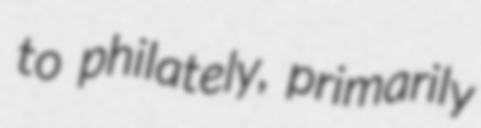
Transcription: to philately, primarily